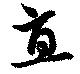
直